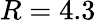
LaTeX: R=4.3